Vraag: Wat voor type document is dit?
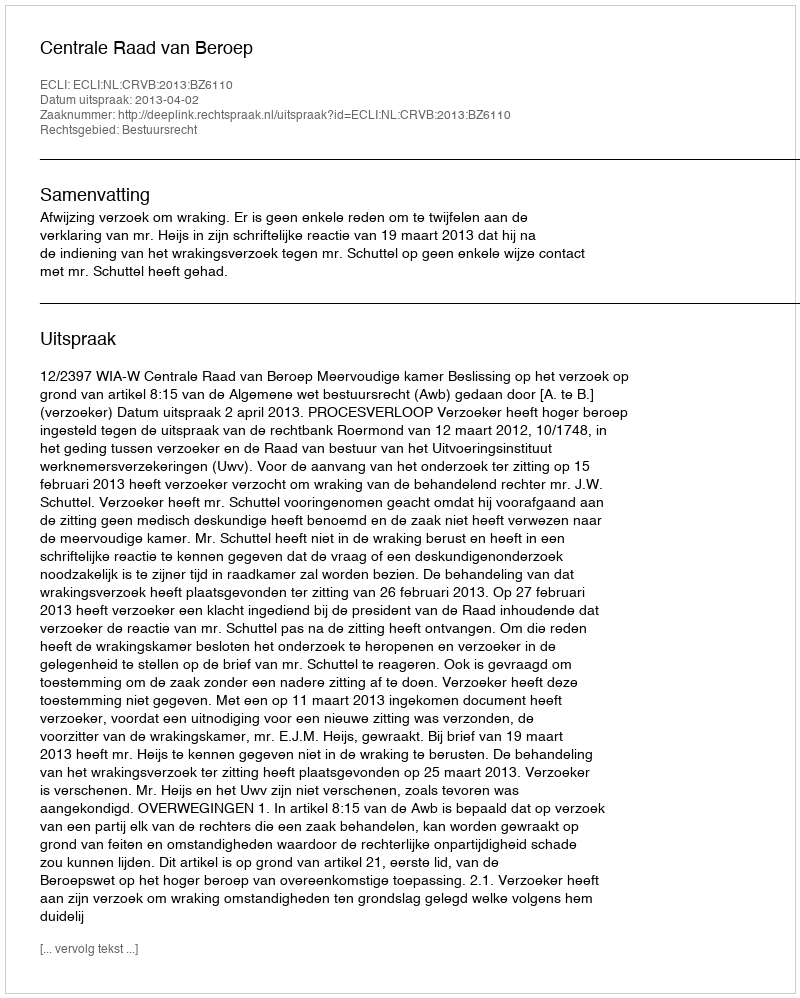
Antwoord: Uitspraak